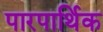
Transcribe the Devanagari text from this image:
पारपार्थिक